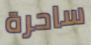
ساحرة